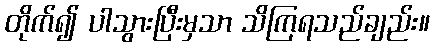
တိုက်၍ ပါသွားပြီးမှသာ သိကြရသည်ချည်း။